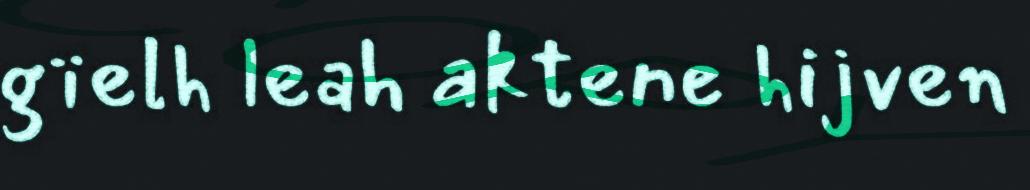
gïelh leah aktene hijven